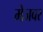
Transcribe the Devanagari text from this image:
मेजवर